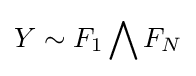
Y\sim F_{1}\bigwedge F_{N}